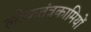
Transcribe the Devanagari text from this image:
लोकतंत्रकामियों